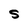
Character: S